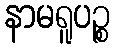
နာမရူပဉ္စ